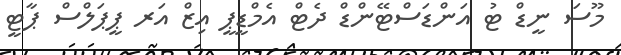
މޫސަ ނީޑް ޓު އަންޑަސްޓޭންޑް ދެޓް އެމްޑީޕީ އިޒް އަރ ޕީޕަލްސް ޕާޓީ